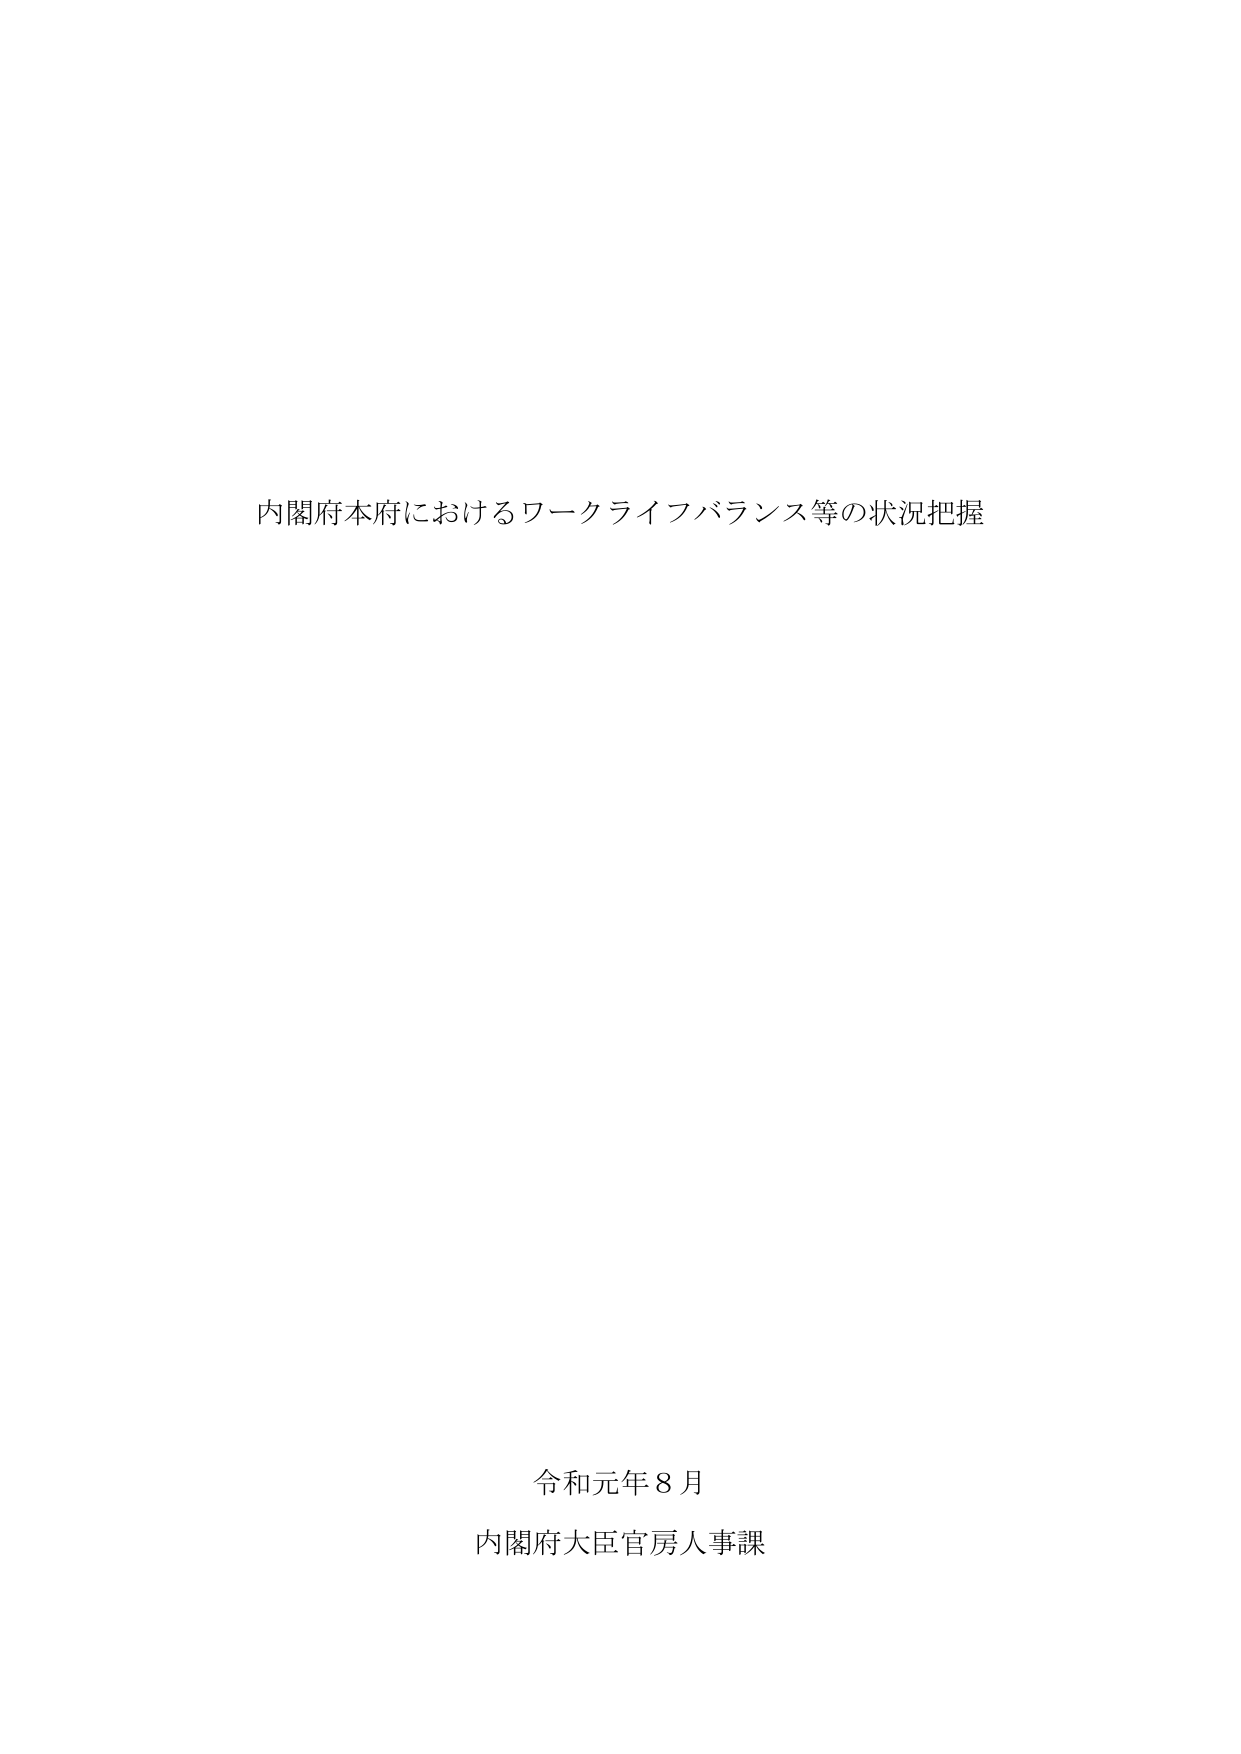
内閣府本府におけるワークライフバランス等の状況把握

令和元年８月
内閣府大臣官房人事課